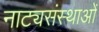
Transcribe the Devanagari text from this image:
नाट्यसंस्थाओं